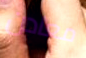
معادن